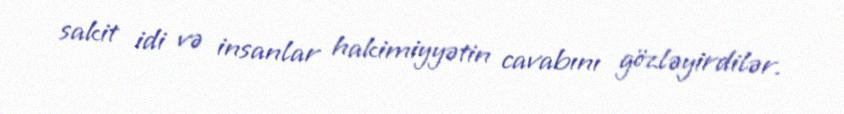
sakit idi və insanlar hakimiyyətin cavabını gözləyirdilər.